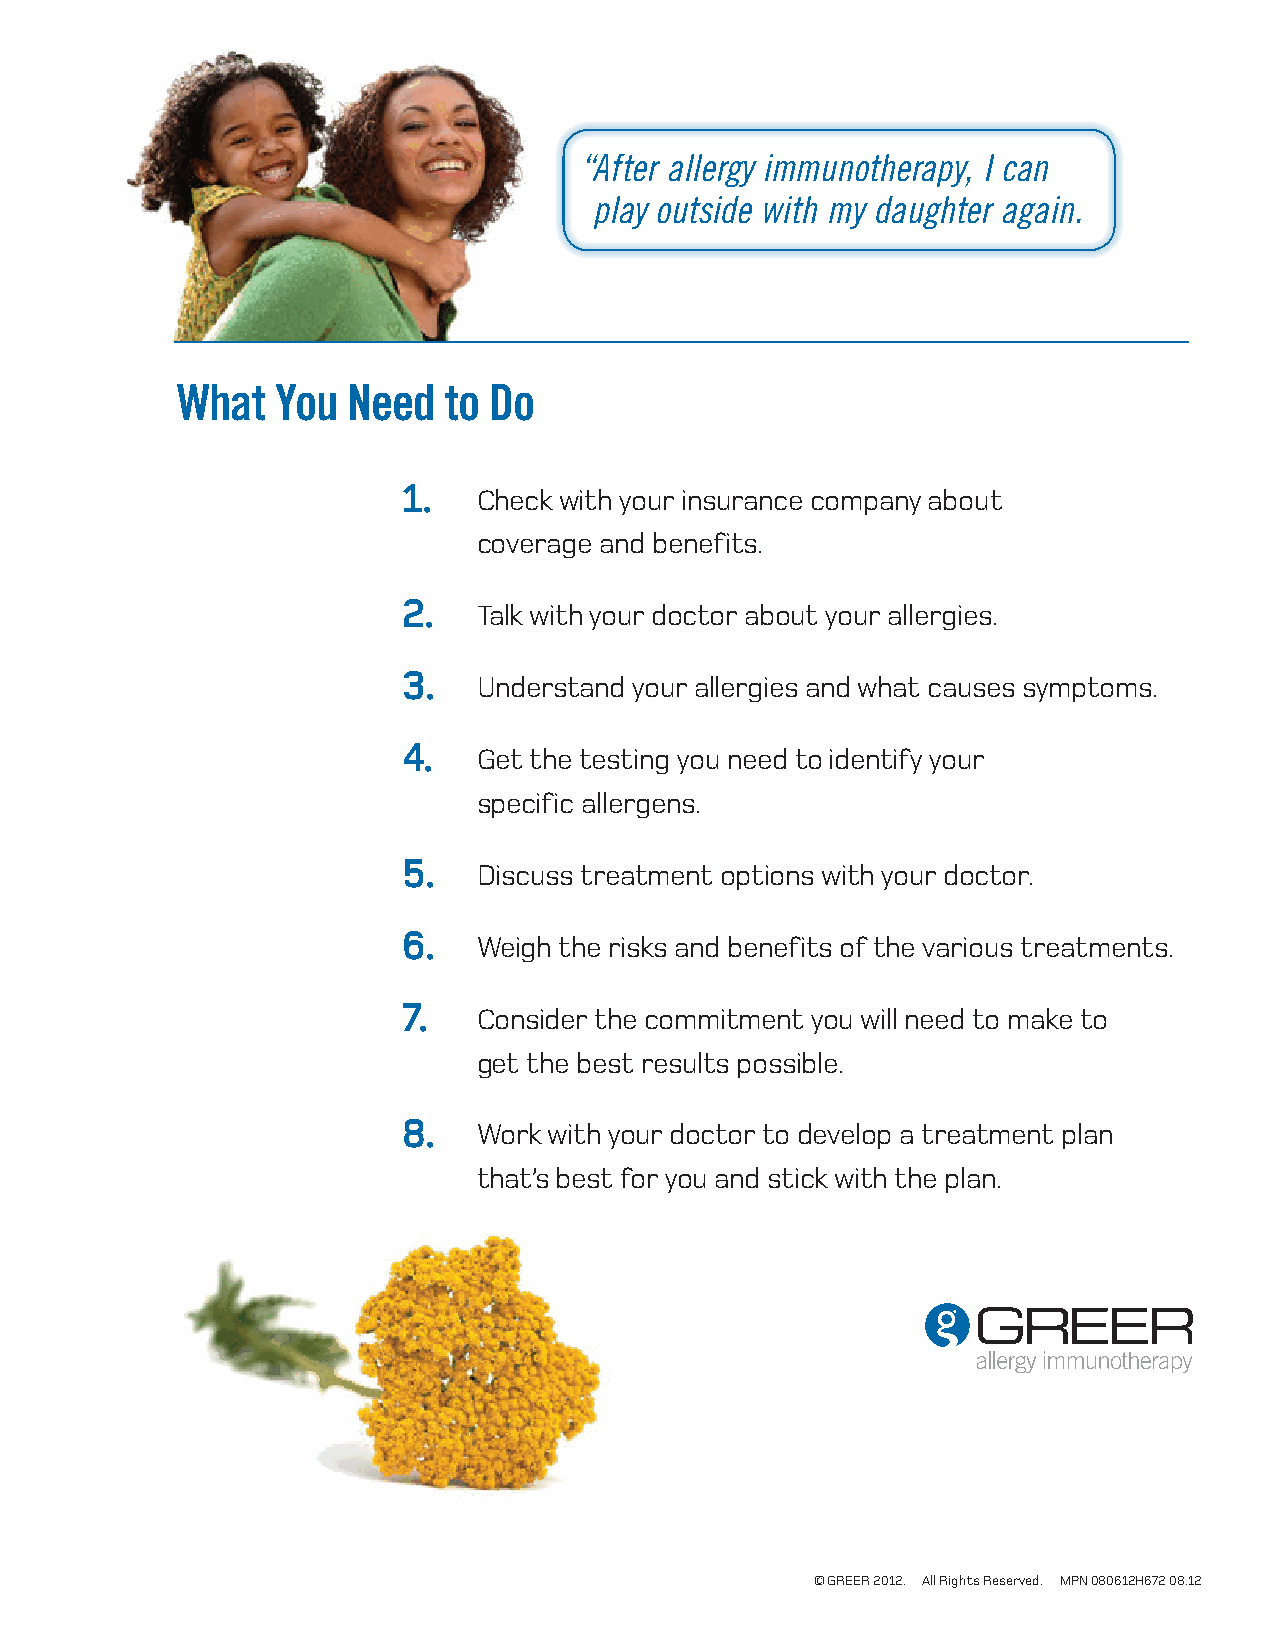
“ After allergy immunotherapy, I can
 play outside with my daughter again.
 What  You  Need  to Do
 1.
 Check with your insurance company about
 coverage and benefits.
 2.
 Talk with your doctor about your allergies.
 3.
 Understand your allergies and what causes symptoms.
 4.
 Get the testing you need to identify your
 specific allergens.
 5.
 Discuss treatment options with your doctor.
 6.
 Weigh the risks and benefits of the various treatments.
 7.
 Consider the commitment you will need to make to
 get the best results possible.
 8.
 Work with your doctor to develop a treatment plan
 that’s best for you and stick with the plan.
 © GREER 2012. All Rights Reserved. MPN 080612H672 08.12